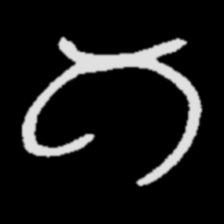
Pyu character \u2014 Myanmar letter: ဂ (romanized: ga)